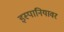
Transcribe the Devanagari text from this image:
इस्पानियावर